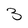
Character: 3